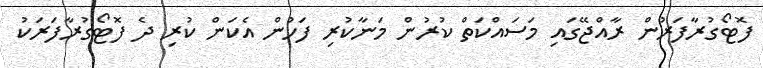
ފޮޓޯގުރާފަރުން ރާއްޖޭގައި މަސައްކަތް ކުރުން މަނާކުރި ފަހުން އެކަން ކުރި ދެ ފޮޓޯގުރާފަރަކު